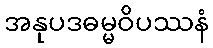
အနုပဒဓမ္မဝိပဿနံ